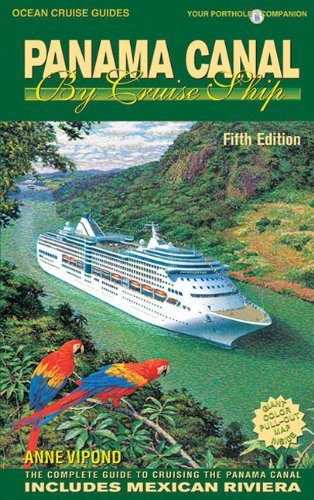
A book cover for Panama Canal by Cruise Ship: The Complete Guide to Cruising the Panama Canal (Ocean Cruise Guides); Anne Vipond; Travel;